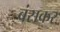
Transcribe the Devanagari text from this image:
बंसकर